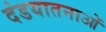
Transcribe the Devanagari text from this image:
दंडयातनाओं